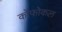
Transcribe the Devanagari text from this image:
कोंफोकल